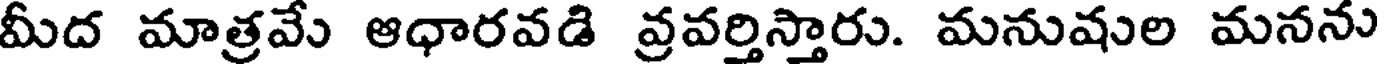
మీద మాత్రవే ఆధారవడి వ్రవర్తిస్తారు. మనుషుల మనను